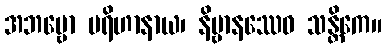
အဘဗ္ဗော ပရိဟာနာယ၊ နိဗ္ဗာနဿေဝ သန္တိကေ။